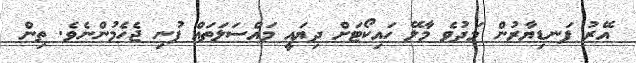
އޭރު ފަނޑިޔާރުން މަދުވެ މާލޭ ހައިކޯޓަށް ދިޔައީ މައްސަލަތައް ފުނި ޖެހެމުންނެވެ. ތިން